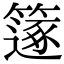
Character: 𥳤